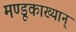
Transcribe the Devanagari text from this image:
मण्डूकाख्यान्